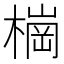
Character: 𣙋